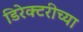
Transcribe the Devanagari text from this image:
डिरेक्टरीच्या